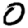
Digit: 0